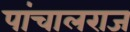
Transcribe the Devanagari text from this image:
पांचालराज